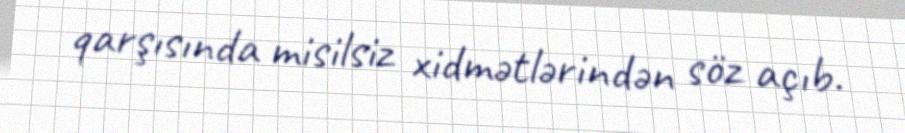
qarşısında misilsiz xidmətlərindən söz açıb.